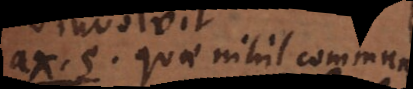
a 5. Quae nihil commune